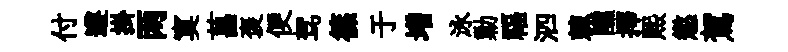
付遵掛两寞菖褒便驾篠于増泳勦福泗棘醺擇熙懲駕